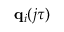
\mathbf { q } _ { i } ( j \tau )